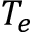
T _ { e }